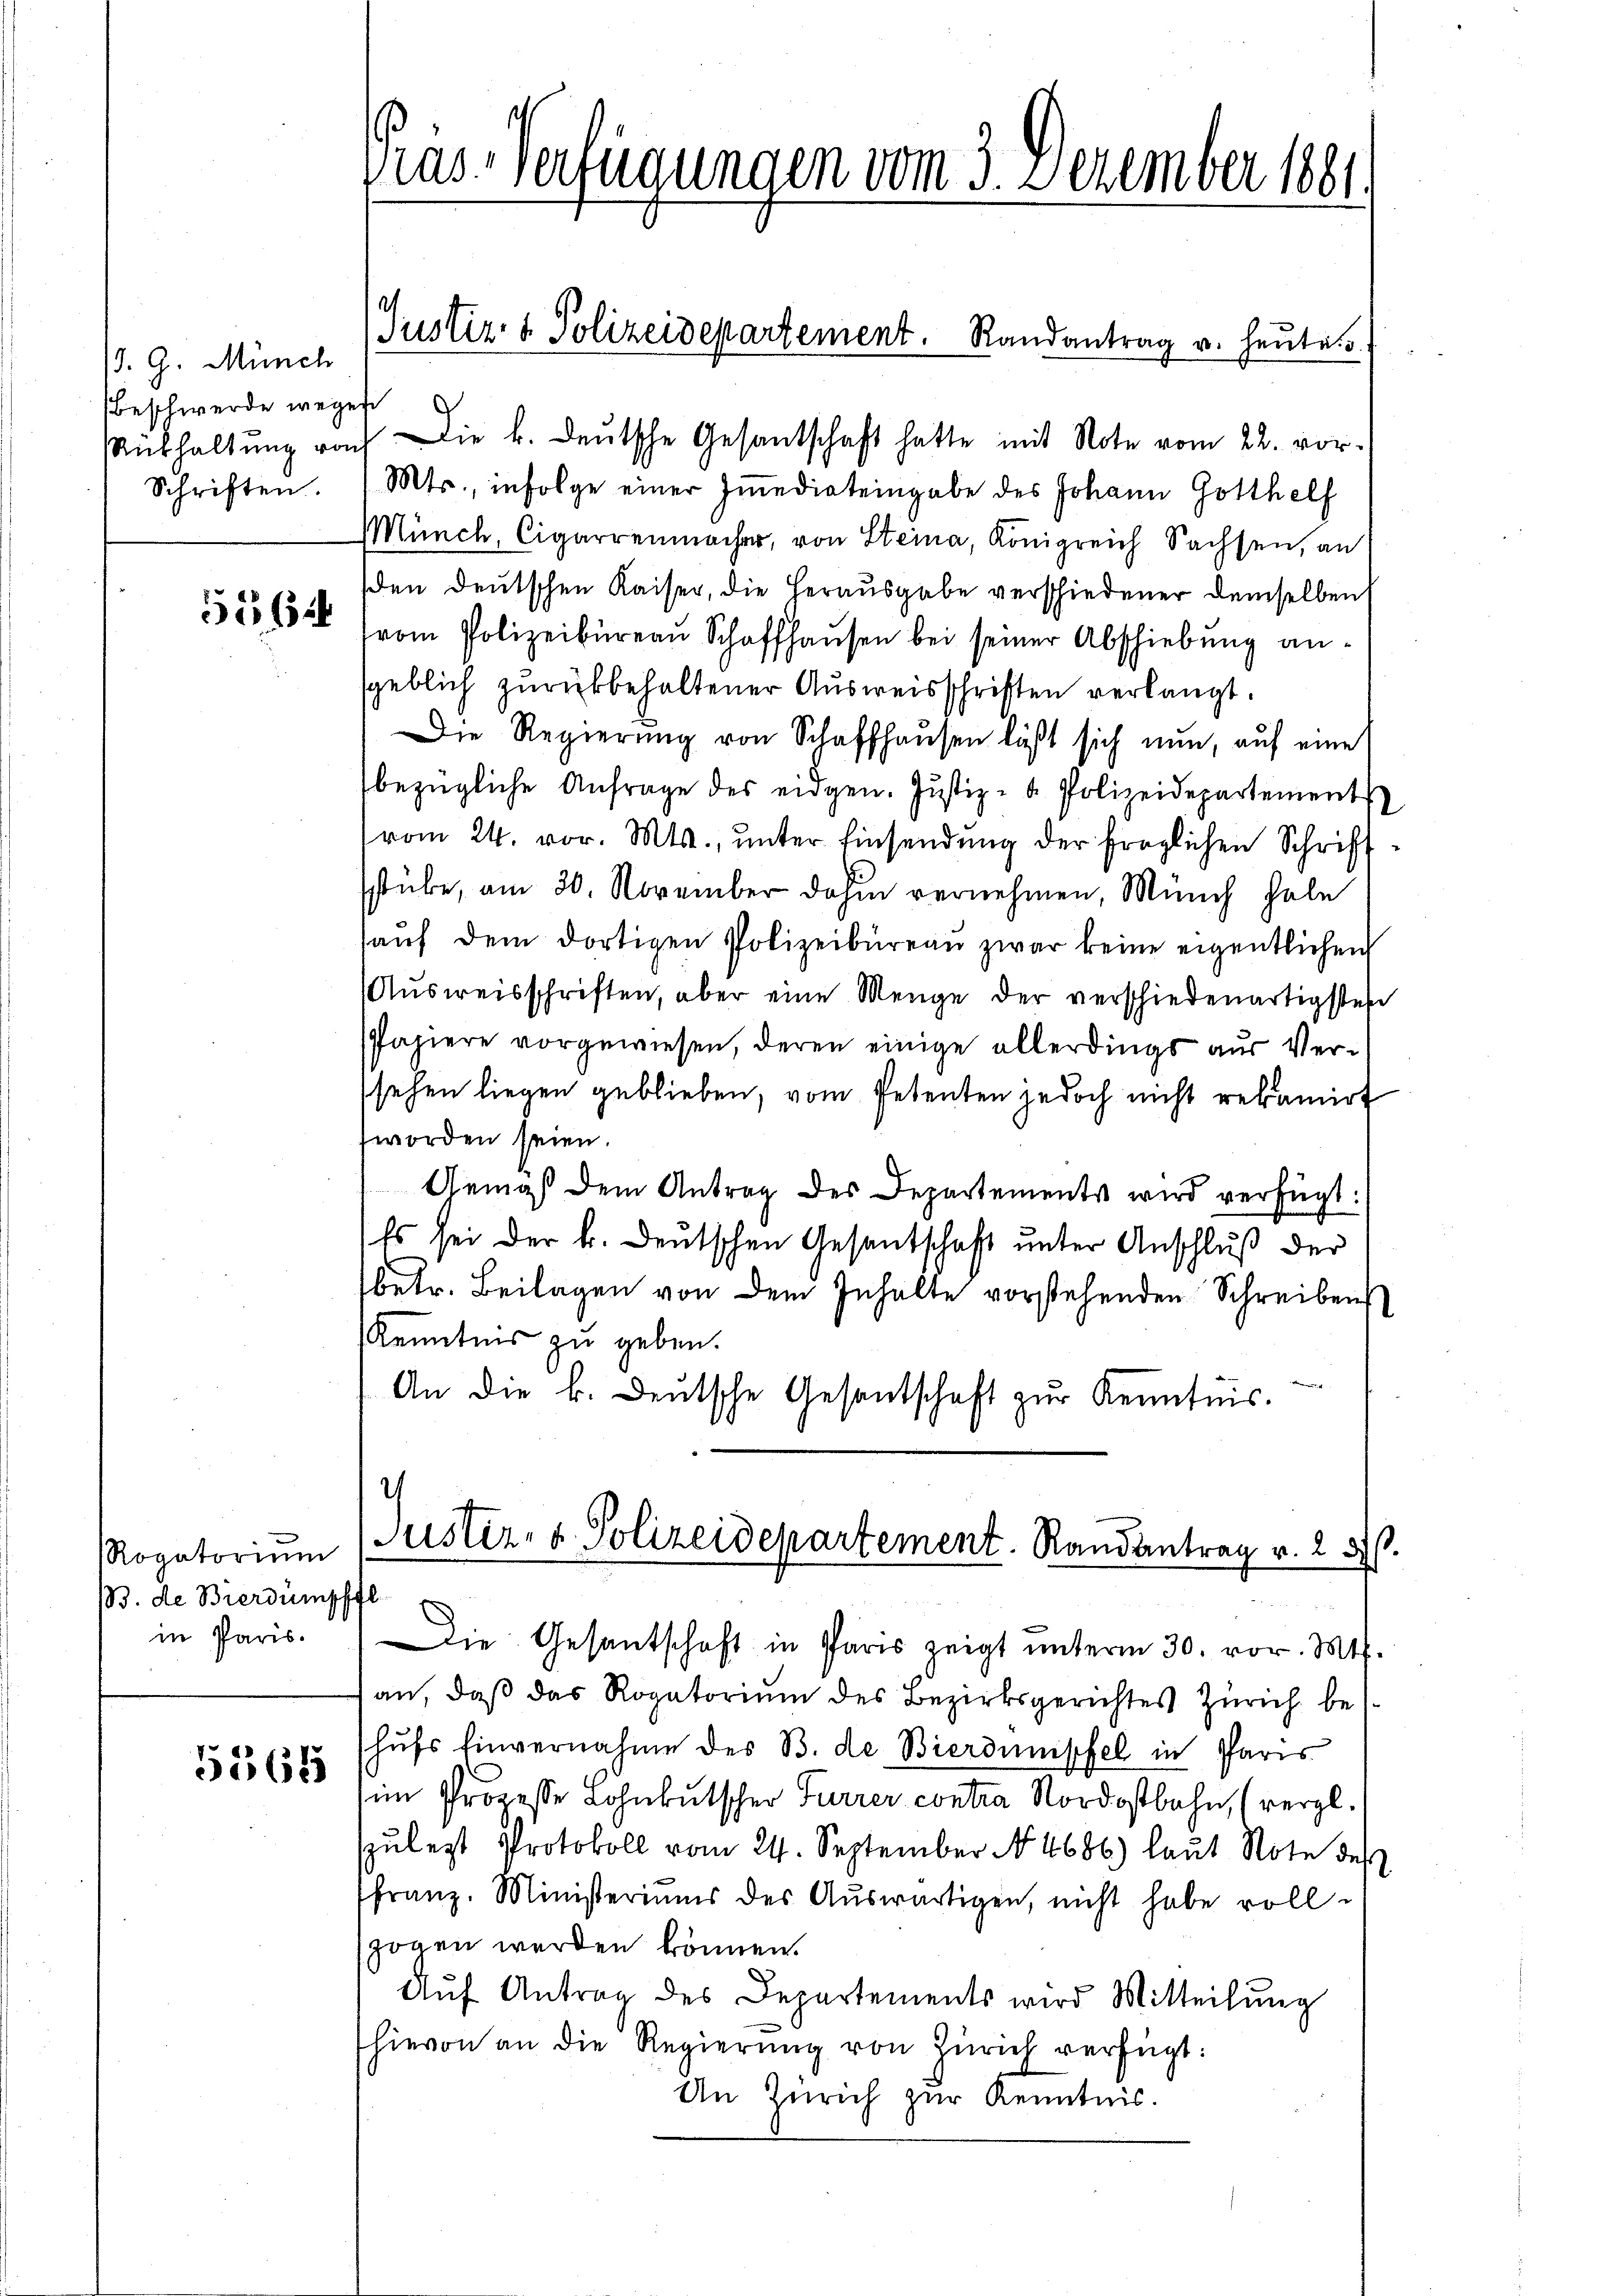
/d. G. Münch
Beschwerde wegen
Schriften.

556

Rogatorium
/3. de Bierdumpffl
in Paris.

5365

Rükhaltŭng von Die k. deŭtsche Gesantschaft hatte mit Note vom 22. vor.
Mts., infolge einer Immediateingabe des Johann Gotthelf
Münch, Cigarrenmacher, von Steina, Königreich Sachsen, an
sden deutschen Kaiser, die Herausgabe verschiedener demselben
vom Polizeibureau Schaffhausen bei seiner Abschiebung ansgeblich zurückbehaltener Ausweisschriften verlangt.
Die Regierŭng von Schaffhausen läßt sich nun, auf eine
bezügliche Anfrage des eidgen. Justiz- & Polizeidepartement
vom 24. vor. Mts., ŭnter Einsendŭng der fraglichen Schrift
stube, am 30. November dahin vernehmen, Münch habe
aŭf dem dortigen Polizeibüreaŭ zwar keine eigentlichen
Ausweisschriften, aber eine Menge der verschiedenartigsten
Papiere vorgewiesen, deren einige allerdings aus Versehen liegen geblieben, vom Petenten jedoch nicht rekamirt
worden seien.
Gemäß dem Antrag des Departements wird verfügt:
Es sei der k. deutschen Gesantschaft unter Anschluß der
betr. Beilagen von dem Inhalte vorstehenden Schreibens
Kenntnis zu geben.
An die k. deŭtsche Gesantschaft zŭr Kenntnis.

Pras-Verfügungen vom 3. Dezember 1881.

(Justiz- & Polizeidepartement. Randantrag v. heute. 5.

2
Justiz- & Polizeidepartement. Randantrag v. 25.

Die Gesantschaft in Paris zeigt ŭnterm 30. vor. Mts.
an, daß das Rogatorium des Bezirksgerichtes Zürich be
hŭfs Einvernahme des B. de Bierdumpfel in Paris
im Prozesse Lohnkutscher Furrer contra Nordostbahn, (vergl.
spŭlest Protokoll vom 24. September No. 4686) laŭt Note des
ffranz. Ministeriums des Aŭswärtigen, nicht habe voll-
zogen werden können.
Aŭf Antrag des Departements wird Mitteilŭng
hievon an die Regierŭng von Zürich verfügt:
An Zürich zur Kenntnis.